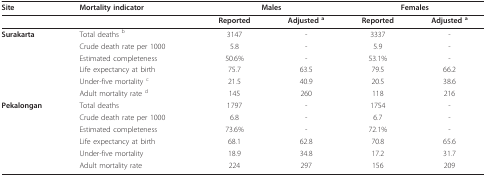
<table><thead><tr><td><b>Site</b></td><td><b>Mortality indicator</b></td><td colspan="2"><b>Males</b></td><td colspan="2"><b>Females</b></td></tr></thead><tbody><tr><td></td><td></td><td><b>Reported</b></td><td><b>Adjusted </b><sup><b>a</b></sup></td><td><b>Reported</b></td><td><b>Adjusted </b><sup><b>a</b></sup></td></tr><tr><td><b>Surakarta</b></td><td>Total deaths <sup>b</sup></td><td>3147</td><td>-</td><td>3337</td><td>-</td></tr><tr><td></td><td>Crude death rate per 1000</td><td>5.8</td><td>-</td><td>5.9</td><td>-</td></tr><tr><td></td><td>Estimated completeness</td><td>50.6%</td><td>-</td><td>53.1%</td><td>-</td></tr><tr><td></td><td>Life expectancy at birth</td><td>75.7</td><td>63.5</td><td>79.5</td><td>66.2</td></tr><tr><td></td><td>Under-five mortality <sup>c</sup></td><td>21.5</td><td>40.9</td><td>20.5</td><td>38.6</td></tr><tr><td></td><td>Adult mortality rate <sup>d</sup></td><td>145</td><td>260</td><td>118</td><td>216</td></tr><tr><td><b>Pekalongan</b></td><td>Total deaths</td><td>1797</td><td>-</td><td>1754</td><td>-</td></tr><tr><td></td><td>Crude death rate per 1000</td><td>6.8</td><td>-</td><td>6.7</td><td>-</td></tr><tr><td></td><td>Estimated completeness</td><td>73.6%</td><td>-</td><td>72.1%</td><td>-</td></tr><tr><td></td><td>Life expectancy at birth</td><td>68.1</td><td>62.8</td><td>70.8</td><td>65.6</td></tr><tr><td></td><td>Under-five mortality</td><td>18.9</td><td>34.8</td><td>17.2</td><td>31.7</td></tr><tr><td></td><td>Adult mortality rate</td><td>224</td><td>297</td><td>156</td><td>209</td></tr></tbody></table>